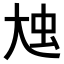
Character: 𡘗